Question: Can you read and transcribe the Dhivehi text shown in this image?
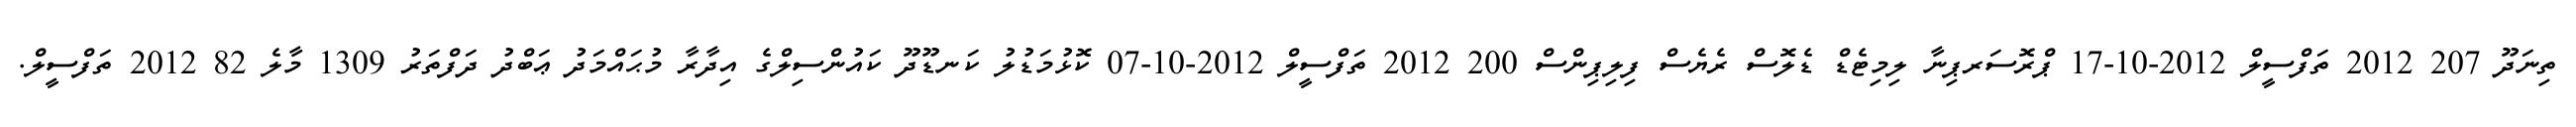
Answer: ތިނަދޫ 207 2012 ތަފްސީލް 2012-10-17 ޕްރޮސަރޕިނާ ލިމިޓެޑް ޑެލޮސް ރެޔެސް ފިލިޕިންސް 200 2012 ތަފްސީލް 2012-10-07 ކޮޅުމަޑުލު ކަނޑޫދޫ ކައުންސިލްގެ އިދާރާ މުޙައްމަދު ޢަބްދު ދަފްތަރު 1309 މާލެ 82 2012 ތަފްސީލް.